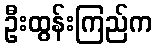
ဦးထွန်းကြည်က